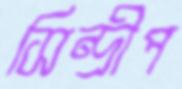
সিন্দ্রীপ